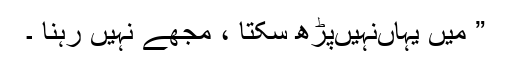
” میں یہاںنہیںپڑھ سکتا ، مجھے نہیں رہنا ۔